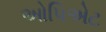
ઓપિએટ